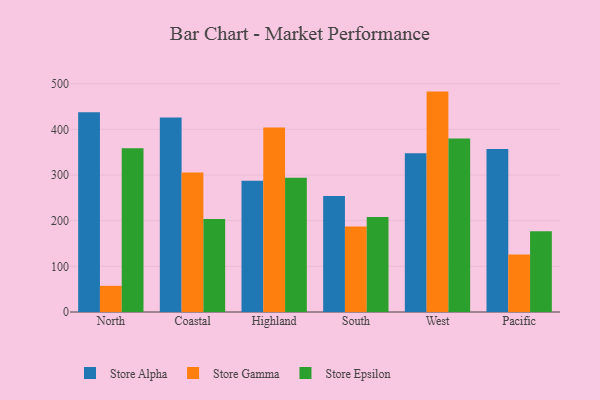
{"axis": {"x": "Region", "y": "LTV (USD)"}, "legend": ["Store Alpha", "Store Epsilon", "Store Gamma"], "data": [{"x": "North", "y": 437.6, "type": "Store Alpha"}, {"x": "North", "y": 57.3, "type": "Store Gamma"}, {"x": "North", "y": 358.6, "type": "Store Epsilon"}, {"x": "Coastal", "y": 425.9, "type": "Store Alpha"}, {"x": "Coastal", "y": 305.3, "type": "Store Gamma"}, {"x": "Coastal", "y": 203.8, "type": "Store Epsilon"}, {"x": "Highland", "y": 287.4, "type": "Store Alpha"}, {"x": "Highland", "y": 404.2, "type": "Store Gamma"}, {"x": "Highland", "y": 293.8, "type": "Store Epsilon"}, {"x": "South", "y": 253.9, "type": "Store Alpha"}, {"x": "South", "y": 187.1, "type": "Store Gamma"}, {"x": "South", "y": 208.1, "type": "Store Epsilon"}, {"x": "West", "y": 347.8, "type": "Store Alpha"}, {"x": "West", "y": 482.7, "type": "Store Gamma"}, {"x": "West", "y": 380.0, "type": "Store Epsilon"}, {"x": "Pacific", "y": 357.0, "type": "Store Alpha"}, {"x": "Pacific", "y": 126.1, "type": "Store Gamma"}, {"x": "Pacific", "y": 176.9, "type": "Store Epsilon"}]}